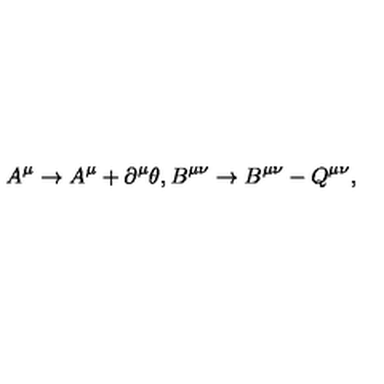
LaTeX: A ^ { \mu } \rightarrow A ^ { \mu } + \partial ^ { \mu } \theta , B ^ { \mu \nu } \rightarrow B ^ { \mu \nu } - Q ^ { \mu \nu } ,